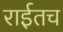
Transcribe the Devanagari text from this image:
राईतच